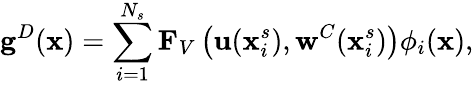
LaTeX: \mathbf{g}^{D}(\mathbf{x})=\sum_{i=1}^{N_{s}}\mathbf{F}_{V}\left(\mathbf{u}(\mathbf{x}_{i}^{s}),\mathbf{w}^{C}(\mathbf{x}_{i}^{s})\right){\phi}_{i}(\mathbf{x}),